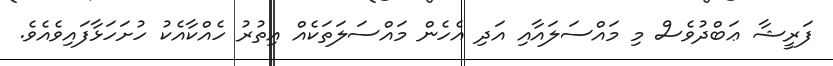
ފަރީޝާ ޢަބްދުވެސް މި މައްސަލައާއި އަދި އެހެން މައްސަލަތަކެއް އިތުރު ހެއްކާއެކު ހުށަހަޅާފައިވެއެވެ.